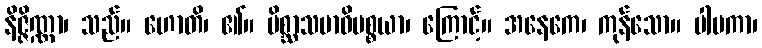
နိဇ္ဇိဏ္ဏာ၊ သည်။ ဟောတိ၊ ၏။ မိစ္ဆာသမာဓိပစ္စယာ၊ ကြောင့်။ အနေကေ၊ ကုန်သော။ ပါပကာ၊